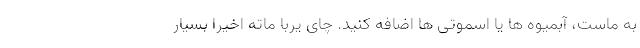
به ماست، آبمیوه ها یا اسموتی ها اضافه کنید. چای یربا ماته اخیرا بسیار